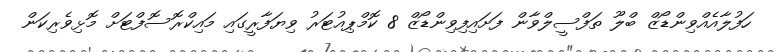
ހަފުލާއެއްވިންޑޯޒް ބްލޫ ތަފްސީލްވާން ފަށައިފިވިންޑޯޒް 8 ކޮމްޕިއުޓަރު ވިޔަފާރީގައި މައިކްރޮސޮފްޓަށް މޮޅިވެރިކަން